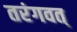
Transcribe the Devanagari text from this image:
तरंगवत्